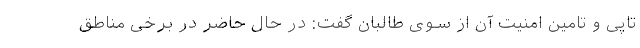
تاپی و تامین امنیت آن از سوی طالبان گفت: در حال حاضر در برخی مناطق